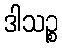
ဒါသဉ္စ